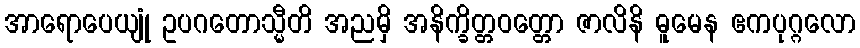
အာရောပေယျုံ ဥပဂတောသ္မီတိ အညမှိ အနိက္ခိတ္တဝတ္တော ဇာလိနိ ဓူမေန ဧကပုဂ္ဂလော